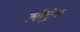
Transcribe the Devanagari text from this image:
लौट्रेक